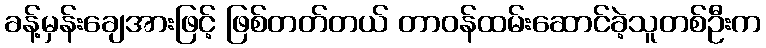
ခန့်မှန်းချေအားဖြင့် ဖြစ်တတ်တယ် တာဝန်ထမ်းဆောင်ခဲ့သူတစ်ဦးက